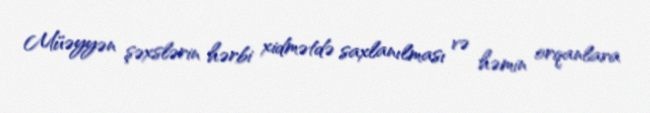
Müəyyən şəxslərin hərbi xidmətdə saxlanılması və həmin orqanlara